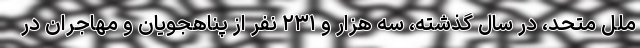
ملل متحد، در سال گذشته، سه هزار و ۲۳۱ نفر از پناهجویان و مهاجران در